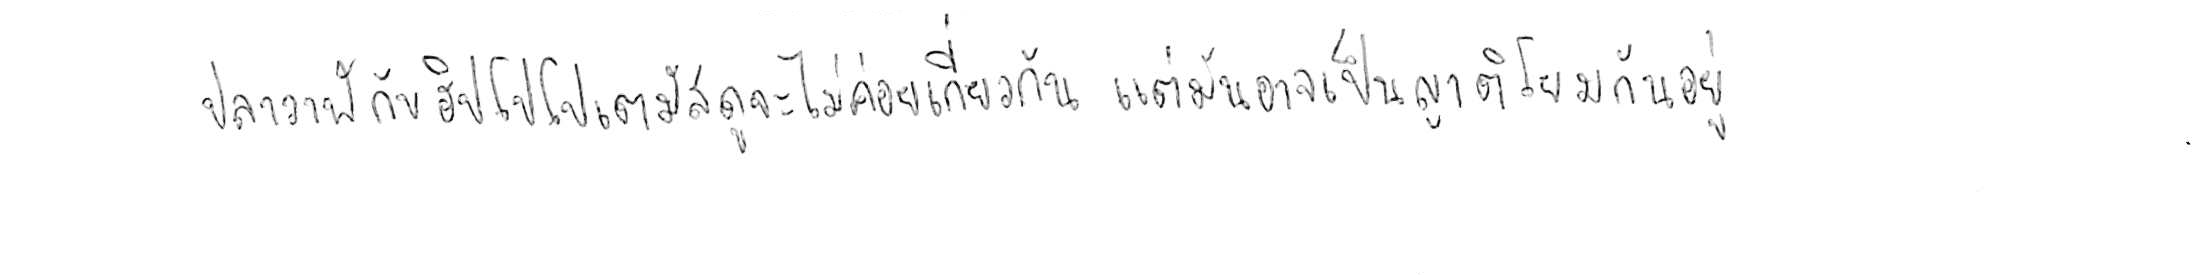
ปลาวาฬ กับ ฮิปโปโปเตมัส ดูจะไม่ค่อยเกี่ยวกัน แต่มันอาจเป็นญาติโยมกันอยู่